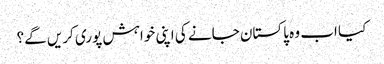
کیا اب وہ پاکستان جانے کی اپنی خواہش پوری کریں گے؟